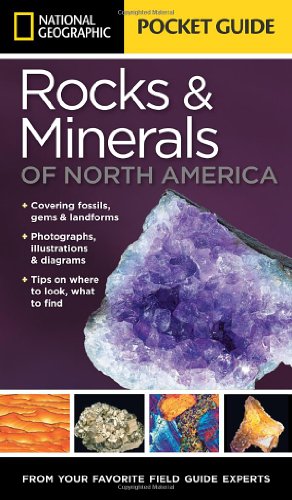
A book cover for National Geographic Pocket Guide to Rocks and Minerals of North America; Sarah Garlick; Crafts, Hobbies & Home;